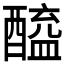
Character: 𬪲